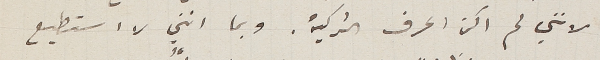
لانني لم اكن اعرف التركية. وبما انني لا استطيع